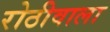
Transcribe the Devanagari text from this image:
रोठीवाला